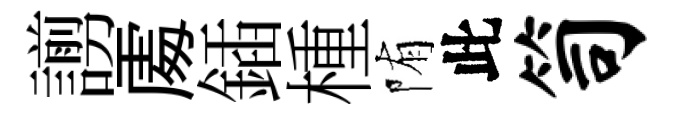
謭𠁅鍤㮔陏此笥